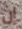
إن